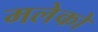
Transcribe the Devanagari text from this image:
मलेको